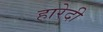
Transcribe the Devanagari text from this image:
हारेदी